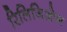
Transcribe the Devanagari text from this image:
रिलिजिओन